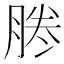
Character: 𠗲